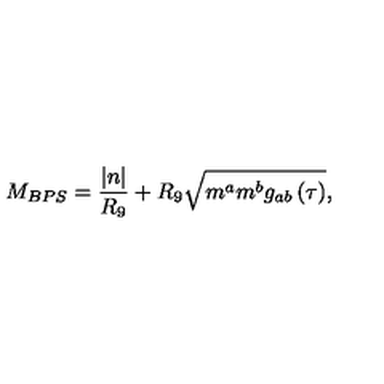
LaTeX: M _ { B P S } = \frac { \left| n \right| } { R _ { 9 } } + R _ { 9 } \sqrt { m ^ { a } m ^ { b } g _ { a b } \left( \tau \right) } ,